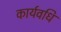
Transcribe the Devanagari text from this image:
कार्यवधि